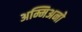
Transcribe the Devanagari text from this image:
अम्मिअनो